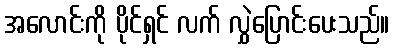
အလောင်းကို ပိုင်ရှင် လက် လွှဲပြောင်းပေးသည်။